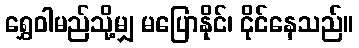
ရွှေဝါမည်သို့မျှ မပြောနိုင်၊ ငိုင်နေသည်။